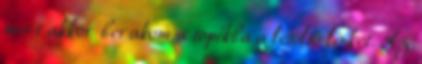
mert akkor berakom a topikba a letöltő linket. Az